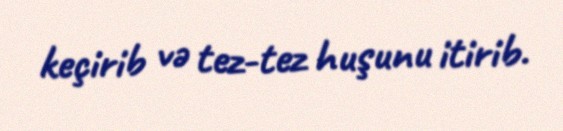
keçirib və tez-tez huşunu itirib.